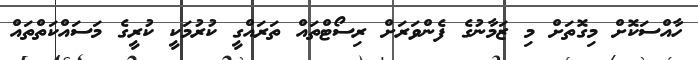
ހާއްސަކޮށް މިގޮތަށް މި ޒަމާނުގެ ފެންވަރަށް ރިސޯޓްތައް ތަރައްގީ ކުރުމަކީ ކުރީގެ މަސައްކަތްތައް